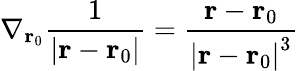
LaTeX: \nabla_{\mathbf{r}_{0}}{\frac{1}{\left|\mathbf{r}-\mathbf{r}_{0}\right|}}={\frac{\mathbf{r}-\mathbf{r}_{0}}{\left|\mathbf{r}-\mathbf{r}_{0}\right|^{3}}}